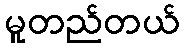
မူတည်တယ်